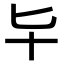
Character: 𠤏